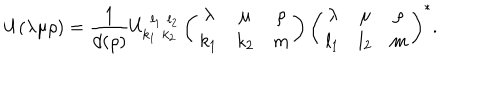
LaTeX: U ( \lambda \mu \rho ) = { \frac { 1 } { d ( \rho ) } } U _ { k _ { 1 } \, \, k _ { 2 } } ^ { \, \, l _ { 1 } \, \, l _ { 2 } } \left( \begin{array} { c c c } { { \lambda } } & { { \mu } } & { { \rho } } \\ { { k _ { 1 } } } & { { k _ { 2 } } } & { { m } } \\ \end{array} \right) \left( \begin{array} { c c c } { { \lambda } } & { { \mu } } & { { \rho } } \\ { { l _ { 1 } } } & { { l _ { 2 } } } & { { m } } \\ \end{array} \right) ^ { \ast } .